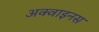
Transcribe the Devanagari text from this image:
अक्वाइनस